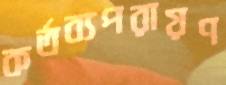
কর্তব্যপরায়ণ